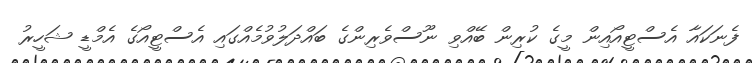
ފެނަކައާ އެސްޓީއޯއިން މީގެ ކުރިން ބޭއްވި ނޫސްވެރިންގެ ބައްދަލުވުމެއްގައި އެސްޓީއޯގެ އެމްޑީ ޝަހީރު